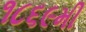
૧૮૬૯મી